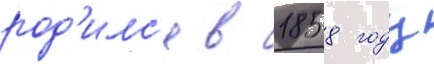
род'илс'я в 1858 году